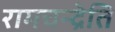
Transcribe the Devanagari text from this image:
रामचन्द्रेति